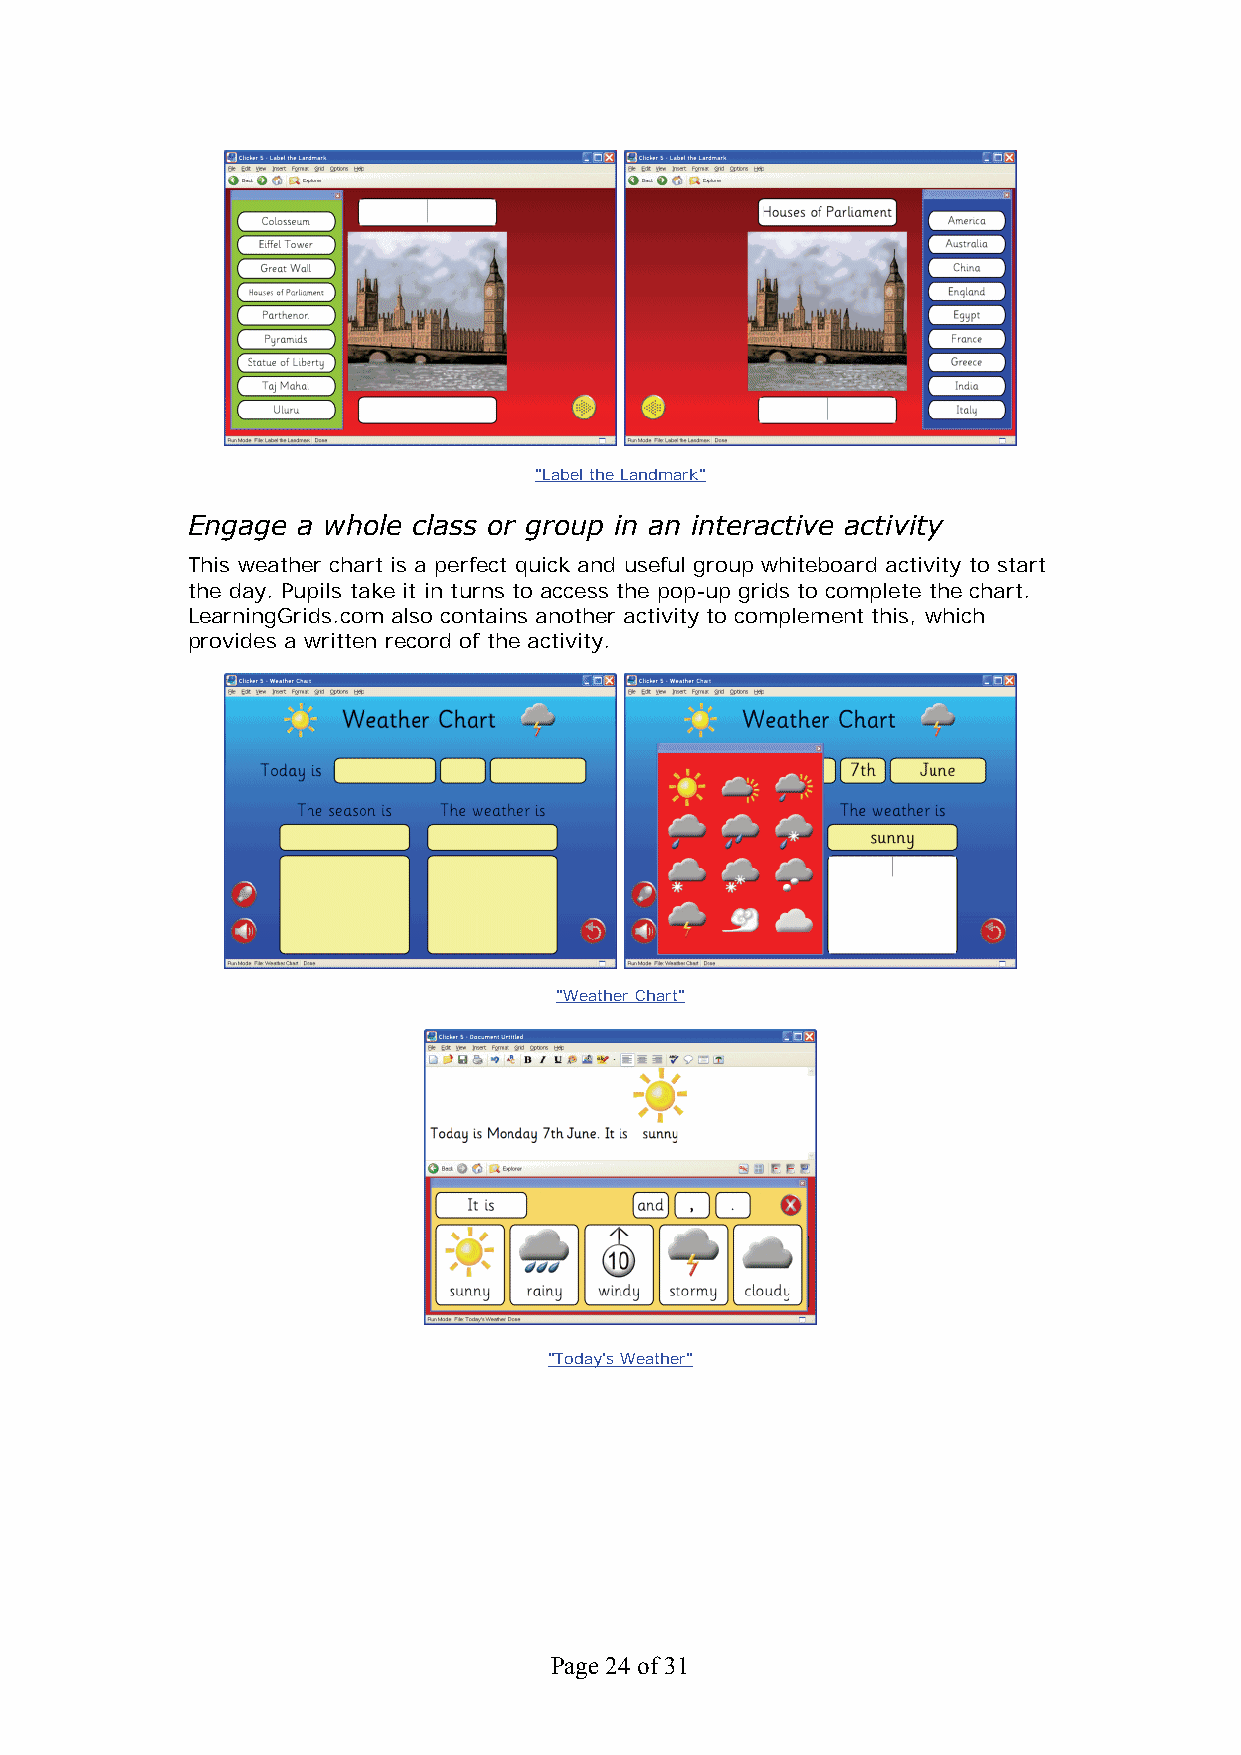
"Label the Landmark"
 Engage  a whole class or group in an interactive activity
 This weather chart is a perfect quick and useful group whiteboard activity to start
 the day. Pupils take it in turns to access the pop-up grids to complete the chart.
 LearningGrids.com also contains another activity to complement this, which
 provides a written record of the activity.
 "Weather Chart"
 "Today's Weather"
 Page 24 of 31